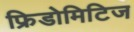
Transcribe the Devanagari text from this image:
फ्रिडोमिटिज